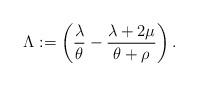
LaTeX: \begin{align*} \Lambda:=\left( \frac{\lambda}{\theta} - \frac{\lambda+ 2 \mu}{\theta + \rho} \right). \end{align*}